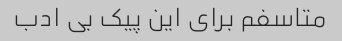
متاسفم برای این پیک بی ادب